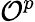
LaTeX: {\mathcal{O}}^{p}